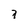
Character: 7